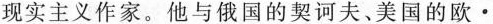
现实主义作家。他与俄国的契诃夫、美国的欧·